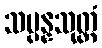
သမ္ပန္နသုတ္တံ